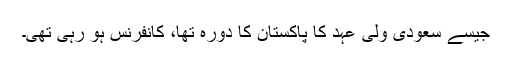
جیسے سعودی ولی عہد کا پاکستان کا دورہ تھا، کانفرنس ہو رہی تھی۔